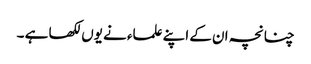
چنانچہ ان کے اپنے علماء نے یوں لکھا ہے ۔